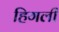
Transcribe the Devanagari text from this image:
हिगली